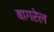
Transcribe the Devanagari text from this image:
बागरेल